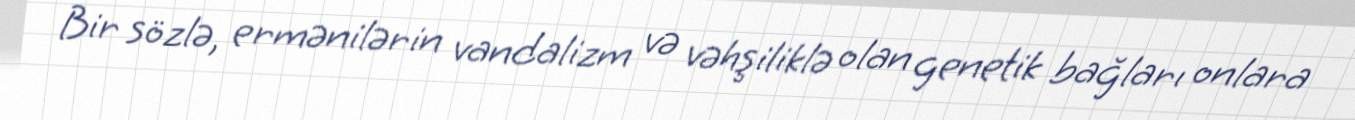
Bir sözlə, ermənilərin vandalizm və vəhşiliklə olan genetik bağları onlara